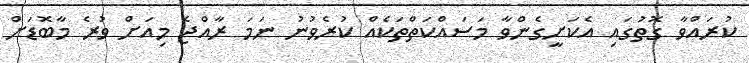
ކުރައްވާ ގޮތުގައި އެކަށީގެންވާ މަސައްކަތްތަކެއް ކުރެވުނު ނަމަ ރާއްޖެ މިއަށް ވުރެ މާބޮޑަށް